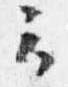
云